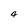
Character: 4